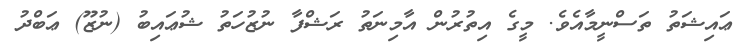
ޢައިޝަތު ތަސްނީމާއެވެ. މީގެ އިތުރުން އާމިނަތު ރަޝްފާ ނުޒުހަތު ޝުޢައިބު (ނުޒޫ) ޢަބްދު